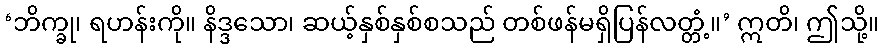
‘ဘိက္ခု၊ ရဟန်းကို။ နိဒ္ဒသော၊ ဆယ့်နှစ်နှစ်စသည် တစ်ဖန်မရှိပြန်လတ္တံ့။’ ဣတိ၊ ဤသို့။